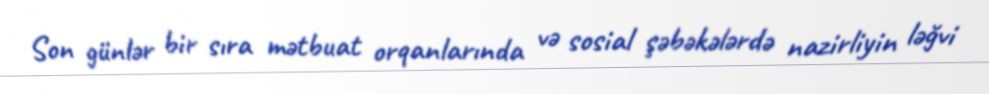
Son günlər bir sıra mətbuat orqanlarında və sosial şəbəkələrdə nazirliyin ləğvi